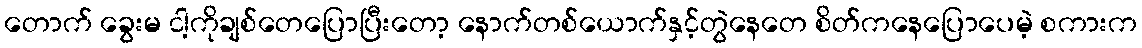
တောက် ခွေးမ ငါ့ကိုချစ်တေပြောပြီးတော့ နောက်တစ်ယောက်နှင့်တွဲနေတေ စိတ်ကနေပြောပေမဲ့ စကားက